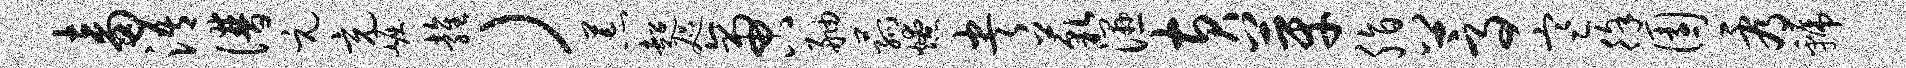
畜浯谱元充崛雍）荒超咫啻舳菰燎央藐湿黄芽脂蒿寒徐园看虢